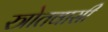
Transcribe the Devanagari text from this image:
स्त्रोतवासी